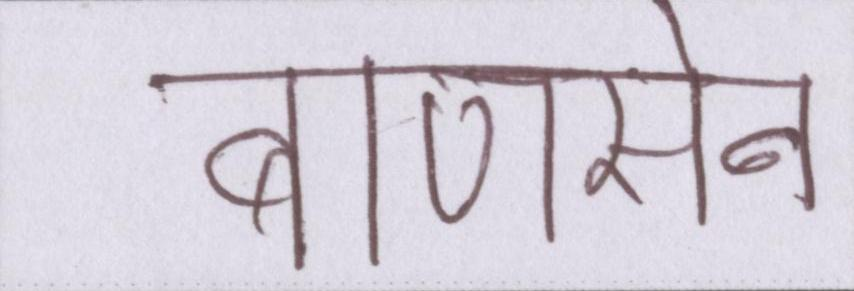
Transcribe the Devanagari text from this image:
बाणसेन